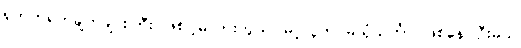
ရုတ်တရက်ချက်ချင်းကြီး ဖြစ်ပါ့မလားကွယ်၊ မင့်လူက မယုံသင်္ကာ ဖြစ်နေပါဦးမယ်